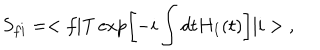
S _ { f i } = < f | \mathrm { T } \exp \left[ - i \int d t H _ { I } ( t ) \right] | i > \; ,